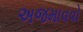
અજમાવવો